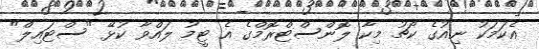
އެކަމަކު ނިއުގެ ކޯޗު މިކާ ލޮންސްޓްރޮމްގެ އެ ޓީމު ލައްވާ ކުޅޭ "ސްޓައިލް"